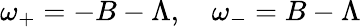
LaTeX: \omega_{+}=-B-\Lambda,\quad\omega_{-}=B-\Lambda